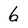
Character: 6